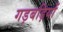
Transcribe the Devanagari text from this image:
गड़बड़ियों